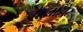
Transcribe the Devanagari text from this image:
वहलाहोर